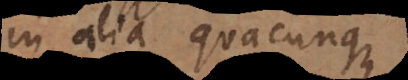
in alia quacunque.